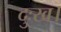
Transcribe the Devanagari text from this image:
दुःख।